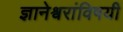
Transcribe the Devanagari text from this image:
ज्ञानेश्र्वरांविषयी